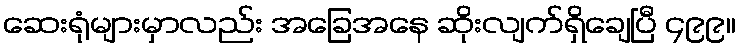
ဆေးရုံများမှာလည်း အခြေအနေ ဆိုးလျက်ရှိချေပြီ ၄၉၉။